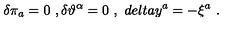
\delta \pi _ { a } = 0 \ , \delta \vartheta ^ { \alpha } = 0 \ , \ d e l t a y ^ { a } = - \xi ^ { a } \ .